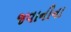
જવાનીના